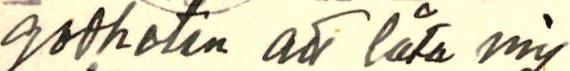
godheten av låta mig